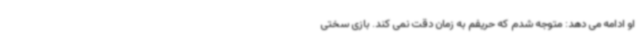
او ادامه می دهد: متوجه شدم که حریفم به زمان دقت نمی کند. بازی سختی